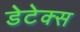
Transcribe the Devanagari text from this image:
डेटेक्स